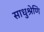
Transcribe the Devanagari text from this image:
साधुश्रेणि